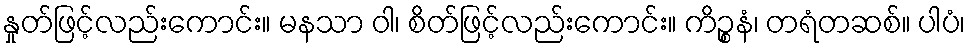
နှုတ်ဖြင့်လည်းကောင်း။ မနသာ ဝါ၊ စိတ်ဖြင့်လည်းကောင်း။ ကိဉ္စနံ၊ တရံတဆစ်။ ပါပံ၊